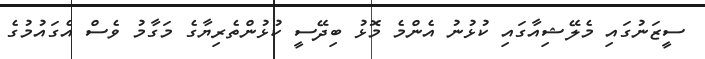
ސީޒަނުގައި މެލޭޝިއާގައި ކުޅުނު އެންމެ މޮޅު ބިދޭސީ ކުޅުންތެރިޔާގެ މަގާމު ވެސް އެގައުމުގެ